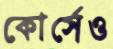
কোর্সেও